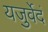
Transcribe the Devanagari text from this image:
यजुर्वेदं